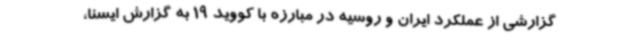
گزارشی از عملکرد ایران و روسیه در مبارزه با کووید 19 به گزارش ایسنا،